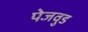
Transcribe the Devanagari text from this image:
पेजवुड